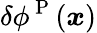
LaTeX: \delta\phi^{\mathrm{~P~}}({\boldsymbol{x}})